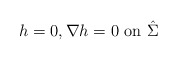
\begin{align*}h=0, \nabla h=0 \mbox{ on } \hat \Sigma\end{align*}